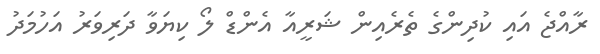
ރާއްޖެ އައި ކުދިންގެ ތެރެއިން ޝަރީއާ އެންޑް ލޯ ކިޔަވާ ދަރިވަރު އަހުމަދު